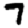
Digit: 7